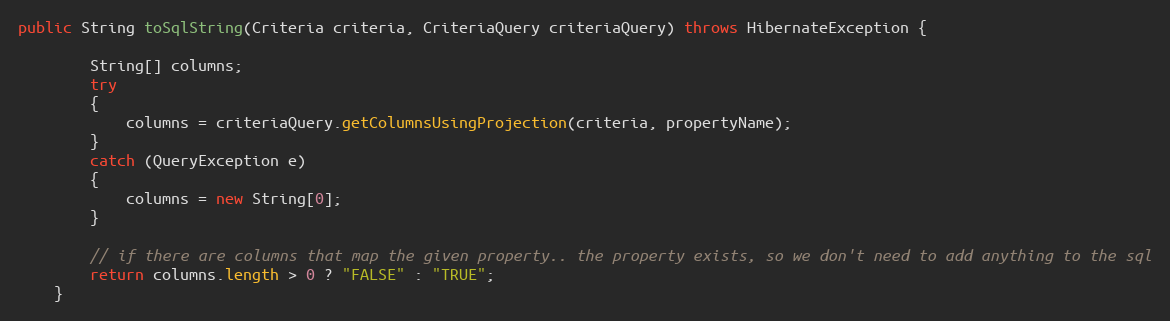
Language: Java
public String toSqlString(Criteria criteria, CriteriaQuery criteriaQuery) throws HibernateException {

        String[] columns;
        try
        {
            columns = criteriaQuery.getColumnsUsingProjection(criteria, propertyName);
        }
        catch (QueryException e)
        {
            columns = new String[0];
        }

        // if there are columns that map the given property.. the property exists, so we don't need to add anything to the sql
        return columns.length > 0 ? "FALSE" : "TRUE";
    }